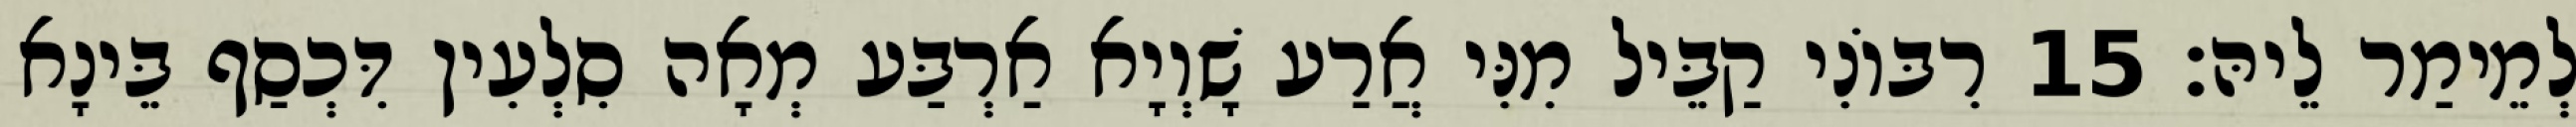
לְמֵימַר לֵיהּ׃ 15 רִבּוֹנִי קַבֵּיל מִנִּי אֲרַע שָׁוְיָא אַרְבַּע מְאָה סִלְעִין דִּכְסַף בֵּינָא